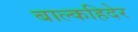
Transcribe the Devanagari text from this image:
बाल्कहिदेर